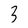
Character: 3